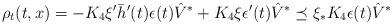
LaTeX: \begin{align*}\rho_t(t,x)=-K_4\xi'\bar h'(t)\epsilon(t)\hat V^*+ K_4\xi \epsilon'(t)\hat V^*\preceq \xi_*K_4\epsilon(t)\hat V^*\end{align*}